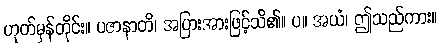
ဟုတ်မှန်တိုင်း။ ပဇာနာတိ၊ အပြားအားဖြင့်သိ၏။ ပ။ အယံ၊ ဤသည်ကား။